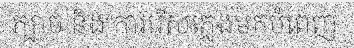
ក្បាច់ និង ការរើសភ្លេងមកបំពេញ